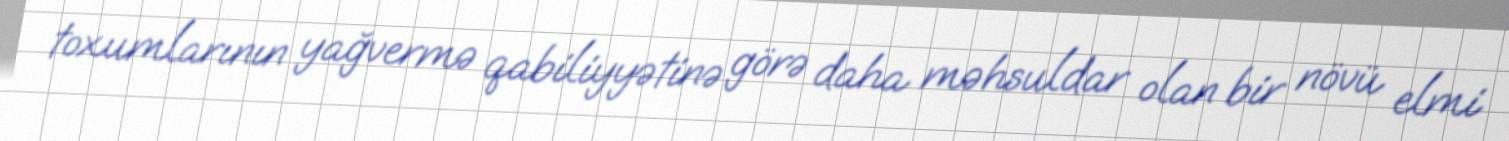
toxumlarının yağvermə qabiliyyətinə görə daha məhsuldar olan bir növü elmi